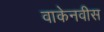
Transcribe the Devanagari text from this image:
वाकेनवीस